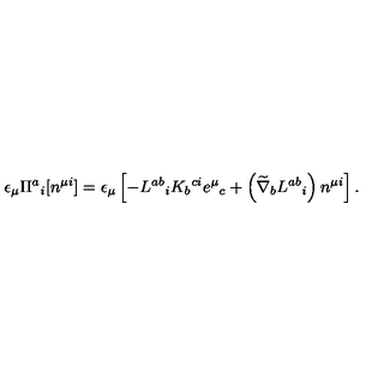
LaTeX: \epsilon _ { \mu } \Pi ^ { a } { } _ { i } [ n ^ { \mu i } ] = \epsilon _ { \mu } \left[ - L ^ { a b } { } _ { i } K _ { b } { } ^ { c i } e ^ { \mu } { } _ { c } + \left( \widetilde { \nabla } _ { b } L ^ { a b } { } _ { i } \right) n ^ { \mu i } \right] .